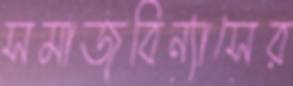
সমাজবিন্যাসের